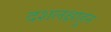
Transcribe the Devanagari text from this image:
दशलक्षाहून